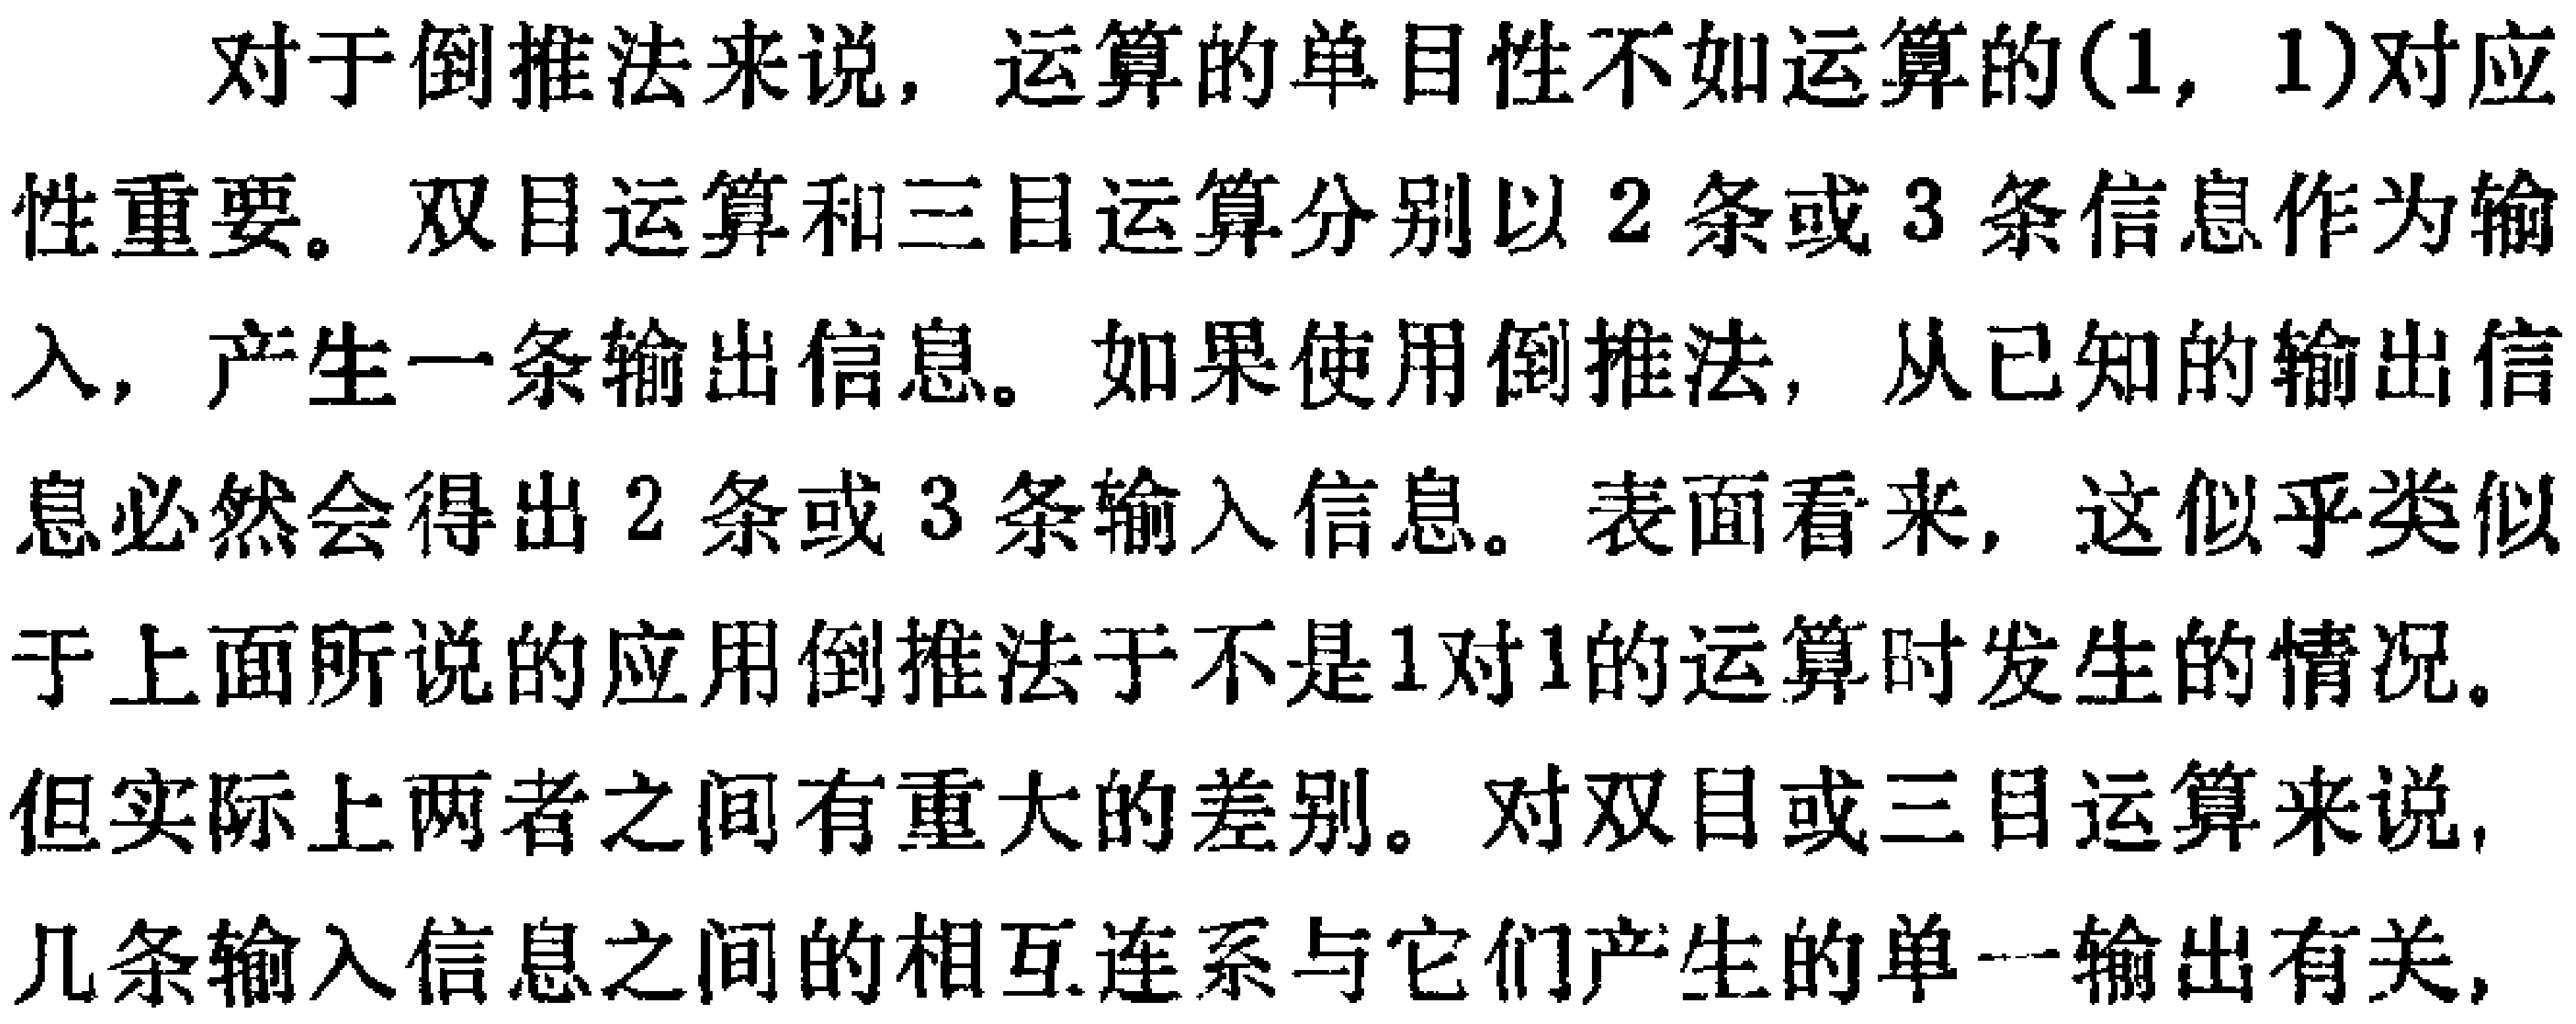
对于倒推法来说，运算的单目性不如运算的(1, 1)对应性重要。双目运算和三目运算分别以2条或3条信息作为输入，产生一条输出信息。如果使用倒推法，从已知的输出信息必然会得出2条或3条输入信息。表面看来，这似乎类似于上面所说的应用倒推法于不是1对1的运算时发生的情况。但实际上两者之间有重大的差别。对双目或三目运算来说，几条输入信息之间的相互连系与它们产生的单一输出有关，